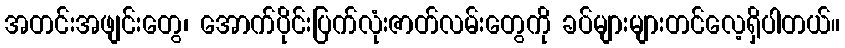
အတင်းအဖျင်းတွေ၊ အောက်ပိုင်းပြက်လုံးဇာတ်လမ်းတွေကို ခပ်များများတင်လေ့ရှိပါတယ်။